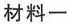
材料一